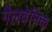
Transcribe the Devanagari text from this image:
गैलवेनिक